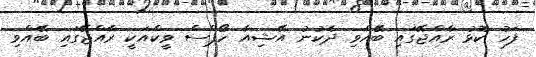
ފަހު ކޮޅު ރާއްޖޭގައި ބޭއްވި ދެކުނު އޭޝިއާ ހޯޕްސް ވީކްއަކީ ރާއްޖޭގައި ބޭއްވި